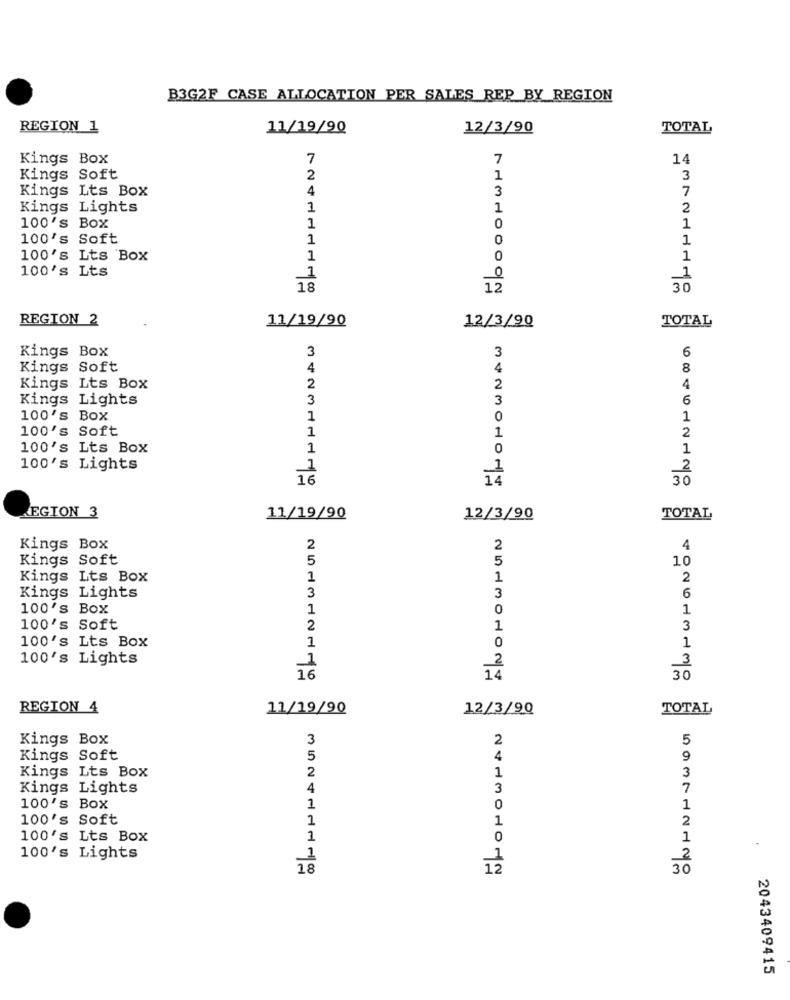
B3G2F CASE ALLOCATION PER SALES REP_BY_REGION
REGION 1
11/19/90
12/3/90
TOTAL
Kings Box
7
7
14
Kings Soft
2
1
3
Kings Lts Box
4
3
7
Kings Lights
1
1
2
100's Box
1
0
1
100's Soft
1
0
1
100's Lts Box
1
0
1
100's Lts
1
1
18
12
30
REGION 2
11/19/90
TOTAL
12/3/90
Kings Box
6
3
3
Kings Soft
4
4
8
Kings Lts Box
2
2
4
Kings Lights
3
3
6
100's Box
1
0
1
100's Soft
1
1
2
100's Lts Box
1
0
1
100's Lights
2
1
30
LEGION 3
11/19/90
12/3/90
TOTAL
Kings Box
2
2
4
Kings Soft
5
5
10
Kings Lts Box
1
1
2
Kings Lights
3
3
6
100's Box
1
0
1
100's Soft
2
1
3
100's Lts Box
1
0
1
100's Lights
3
2
16
14
30
REGION 4
11/19/90
12/3/90
TOTAL
Kings Box
3
2
5
Kings Soft
5
4
9
Kings Lts Box
2
3
1
Kings Lights
4
3
7
100's Box
1
0
1
100's Soft
1
2
1
100's Lts Box
1
0
1
100's Lights
1
18
30
2043409415